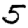
Digit: 5